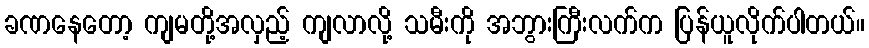
ခဏနေတော့ ကျမတို့အလှည့် ကျလာလို့ သမီးကို အဘွားကြီးလက်က ပြန်ယူလိုက်ပါတယ်။